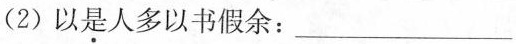
(2) 以是人多以书假余:___